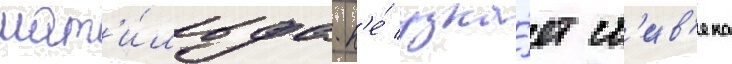
мат'и́льда н'е́ узна́ет ст'ив'ена